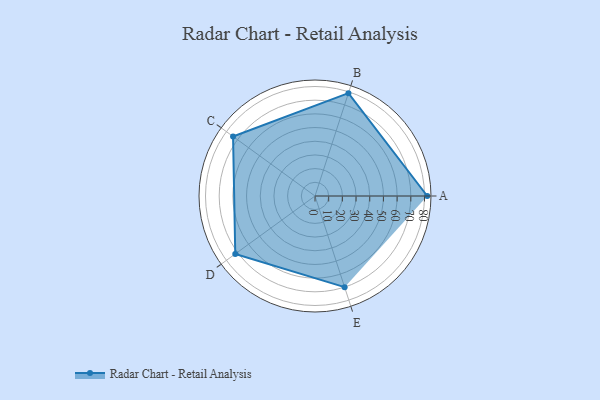
{"axis": {"x": "Skill", "y": "Score"}, "legend": ["Profile"], "data": [{"x": "A", "y": 82.0, "type": "Profile"}, {"x": "B", "y": 79.0, "type": "Profile"}, {"x": "C", "y": 74.0, "type": "Profile"}, {"x": "D", "y": 72.0, "type": "Profile"}, {"x": "E", "y": 70.0, "type": "Profile"}]}